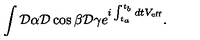
\int { \cal D } \alpha { \cal D } \cos \beta { \cal D } \gamma e ^ { { i } \int _ { t _ { a } } ^ { t _ { b } } d t V _ { \mathrm { e f f } } } .